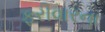
ફરીવારના